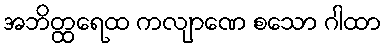
အဘိတ္ထရေထ ကလျာဏေ စသော ဂါထာ